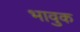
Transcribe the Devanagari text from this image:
भावुक